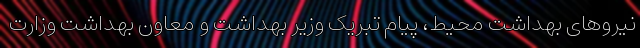
نیروهای بهداشت محیط، پیام تبریک وزیر بهداشت و معاون بهداشت وزارت